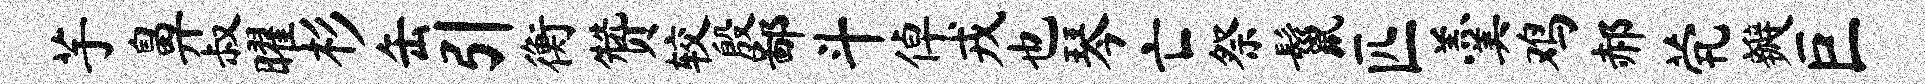
芋鼻叔曜杉缶引衡赞较殷鄙斗倬戎也琴亡祭鬣匹羹鸡郝茕瓣巨